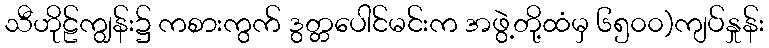
သီဟိုဠ်ကျွန်း၌ ကစားကွက် ဒွတ္တပေါင်မင်းက အဖွဲ့တို့ထံမှ ၆၅၀၀)ကျပ်နှုန်း